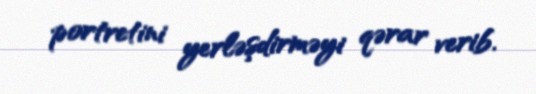
portretini yerləşdirməyi qərar verib.